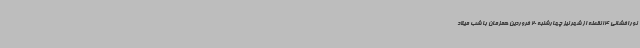
نورافشانی 14 نقطه از شهر نیز چهارشنبه 20 فروردین همزمان با شب میلاد